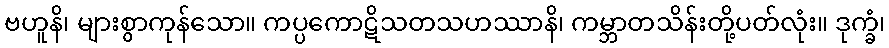
ဗဟူနိ၊ များစွာကုန်သော။ ကပ္ပကောဋိသတသဟဿာနိ၊ ကမ္ဘာတသိန်းတို့ပတ်လုံး။ ဒုက္ခံ၊